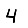
Digit: 4